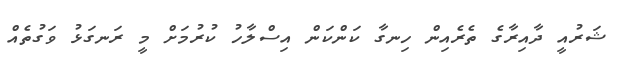
ޝަރުއީ ދާއިރާގެ ތެރެއިން ހިނގާ ކަންކަން އިސްލާހު ކުރުމަށް މީ ރަނގަޅު ވަގުތެއް